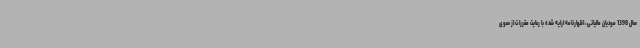
سال 1398 مودیان مالیاتی، اظهارنامه ارایه شده با رعایت مقررات از سوی